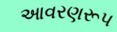
આવરણરૂપ